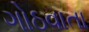
ગોઠવાતા